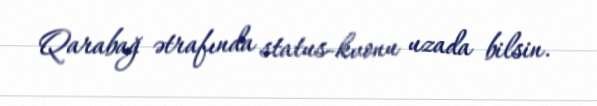
Qarabağ ətrafında status-kvonu uzada bilsin.